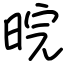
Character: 晥